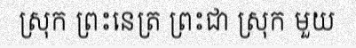
ស្រុក ព្រះនេត្រ ព្រះជា ស្រុក មួយ